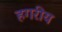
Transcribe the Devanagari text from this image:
हगरीय